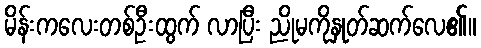
မိန်းကလေးတစ်ဦးထွက် လာပြီး ညိုမကိုနှုတ်ဆက်လေ၏။